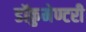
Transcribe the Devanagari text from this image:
डॉकुमेण्टरी